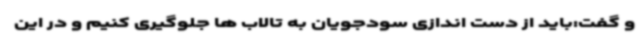
و گفت:باید از دست اندازی سودجویان به تالاب ها جلوگیری کنیم و در این